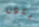
يكون